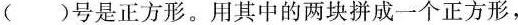
()号是正方形。用其中的两块拼成一个正方形，